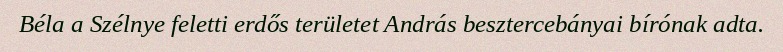
Béla a Szélnye feletti erdős területet András besztercebányai bírónak adta.